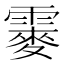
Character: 䨫